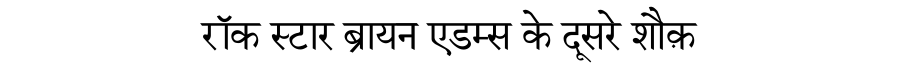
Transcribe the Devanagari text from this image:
रॉक स्टार ब्रायन एडम्स के दूसरे शौक़